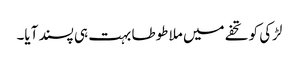
لڑکی کو تحفے میں ملا طوطا بہت ہی پسند آیا۔